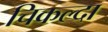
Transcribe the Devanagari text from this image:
चिकल्दा